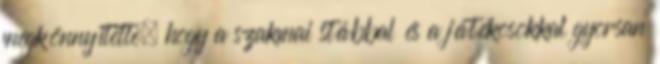
megkönnyítette, hogy a szakmai stábbal és a játékosokkal gyorsan